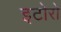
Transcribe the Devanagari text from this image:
इटोरो